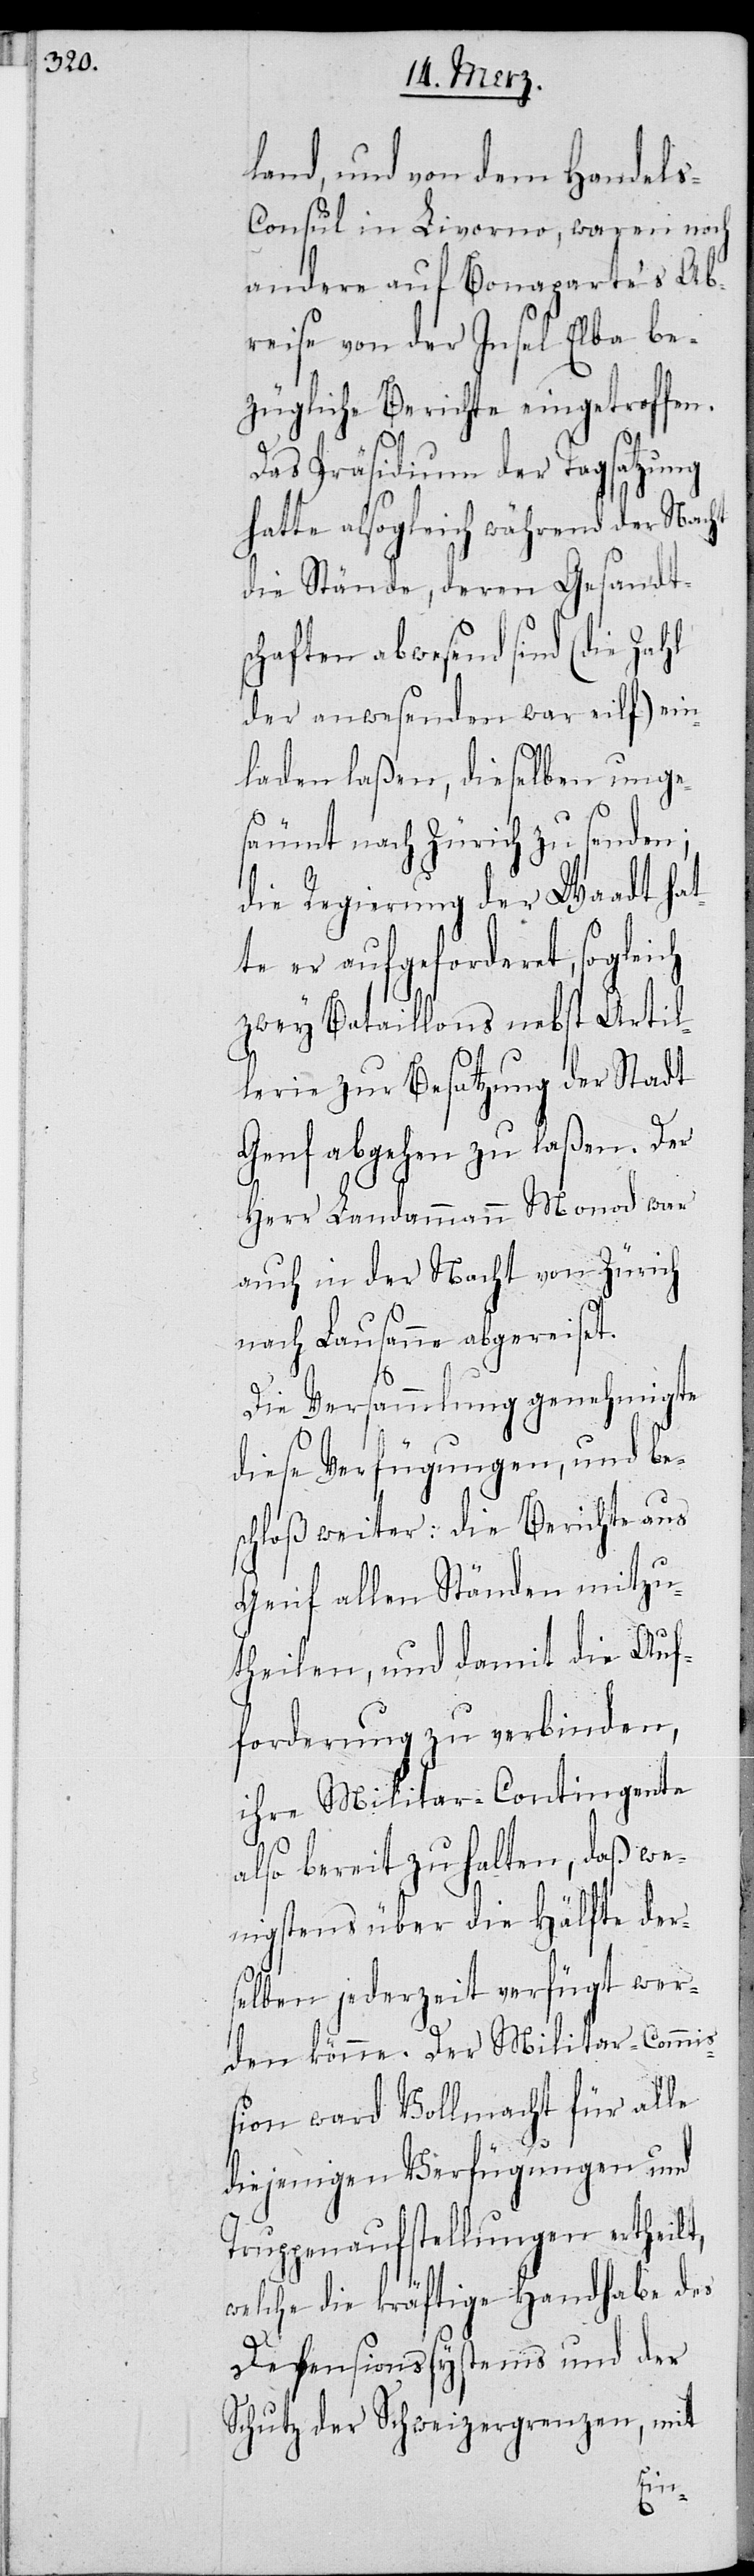
land, und von dem Handel¬
s-Consul in Livorno, waren noch
andere auf Bonaparte’s Ab¬
reise von der Insel Elba be¬
zügliche Berichte eingetroffen.
Das Präsidium der Tagsatzung
hatte alsogleich während der Nacht
die Stände, deren Gesandts¬
chaften abwesend sind (die Zahl
der anwesenden war eilf
laden laßen, dieselben unge¬
säumt nach Zürich zu senden;
die Regierung der Waadt hat¬
te er aufgeforderet, sogleich
zwey Bataillons nebst Artil¬
lerie zur Besatzung der Stadt
Genf abgehen zu laßen. Der
Herr Landammann Monod war
auch in der Nacht von Zürich
nach Lausanne abgereist.
Die Versammlung genehmigte
dieses Verfügungen, und be¬
schloß weiter: die Berichte aus
Genf allen Ständen mitzu¬
theilen, und damit die Auf¬
forderung zu verbinden,
ihre Militar-Contingente
also bereit zu halten, daß we¬
nigstens über die Hälfte der¬
selben jederzeit verfügt wer¬
den könne. Der Militar-Commiß¬
ion ward Vollmacht über alle
diejenigen Verfügungen und
Truppenaufstellungen ertheilt,
welche die kräftige Handhabe des
Defensionssystems und der
Schutz der Schweizergrenzen, mit
ein¬